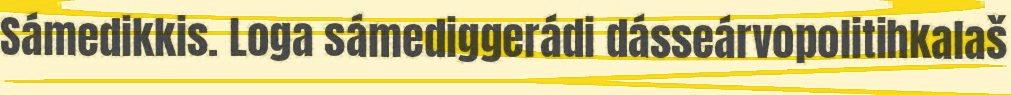
Sámedikkis. Loga sámediggerádi dásseárvopolitihkalaš